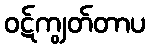
ဝဋ်ကျွတ်တာပ